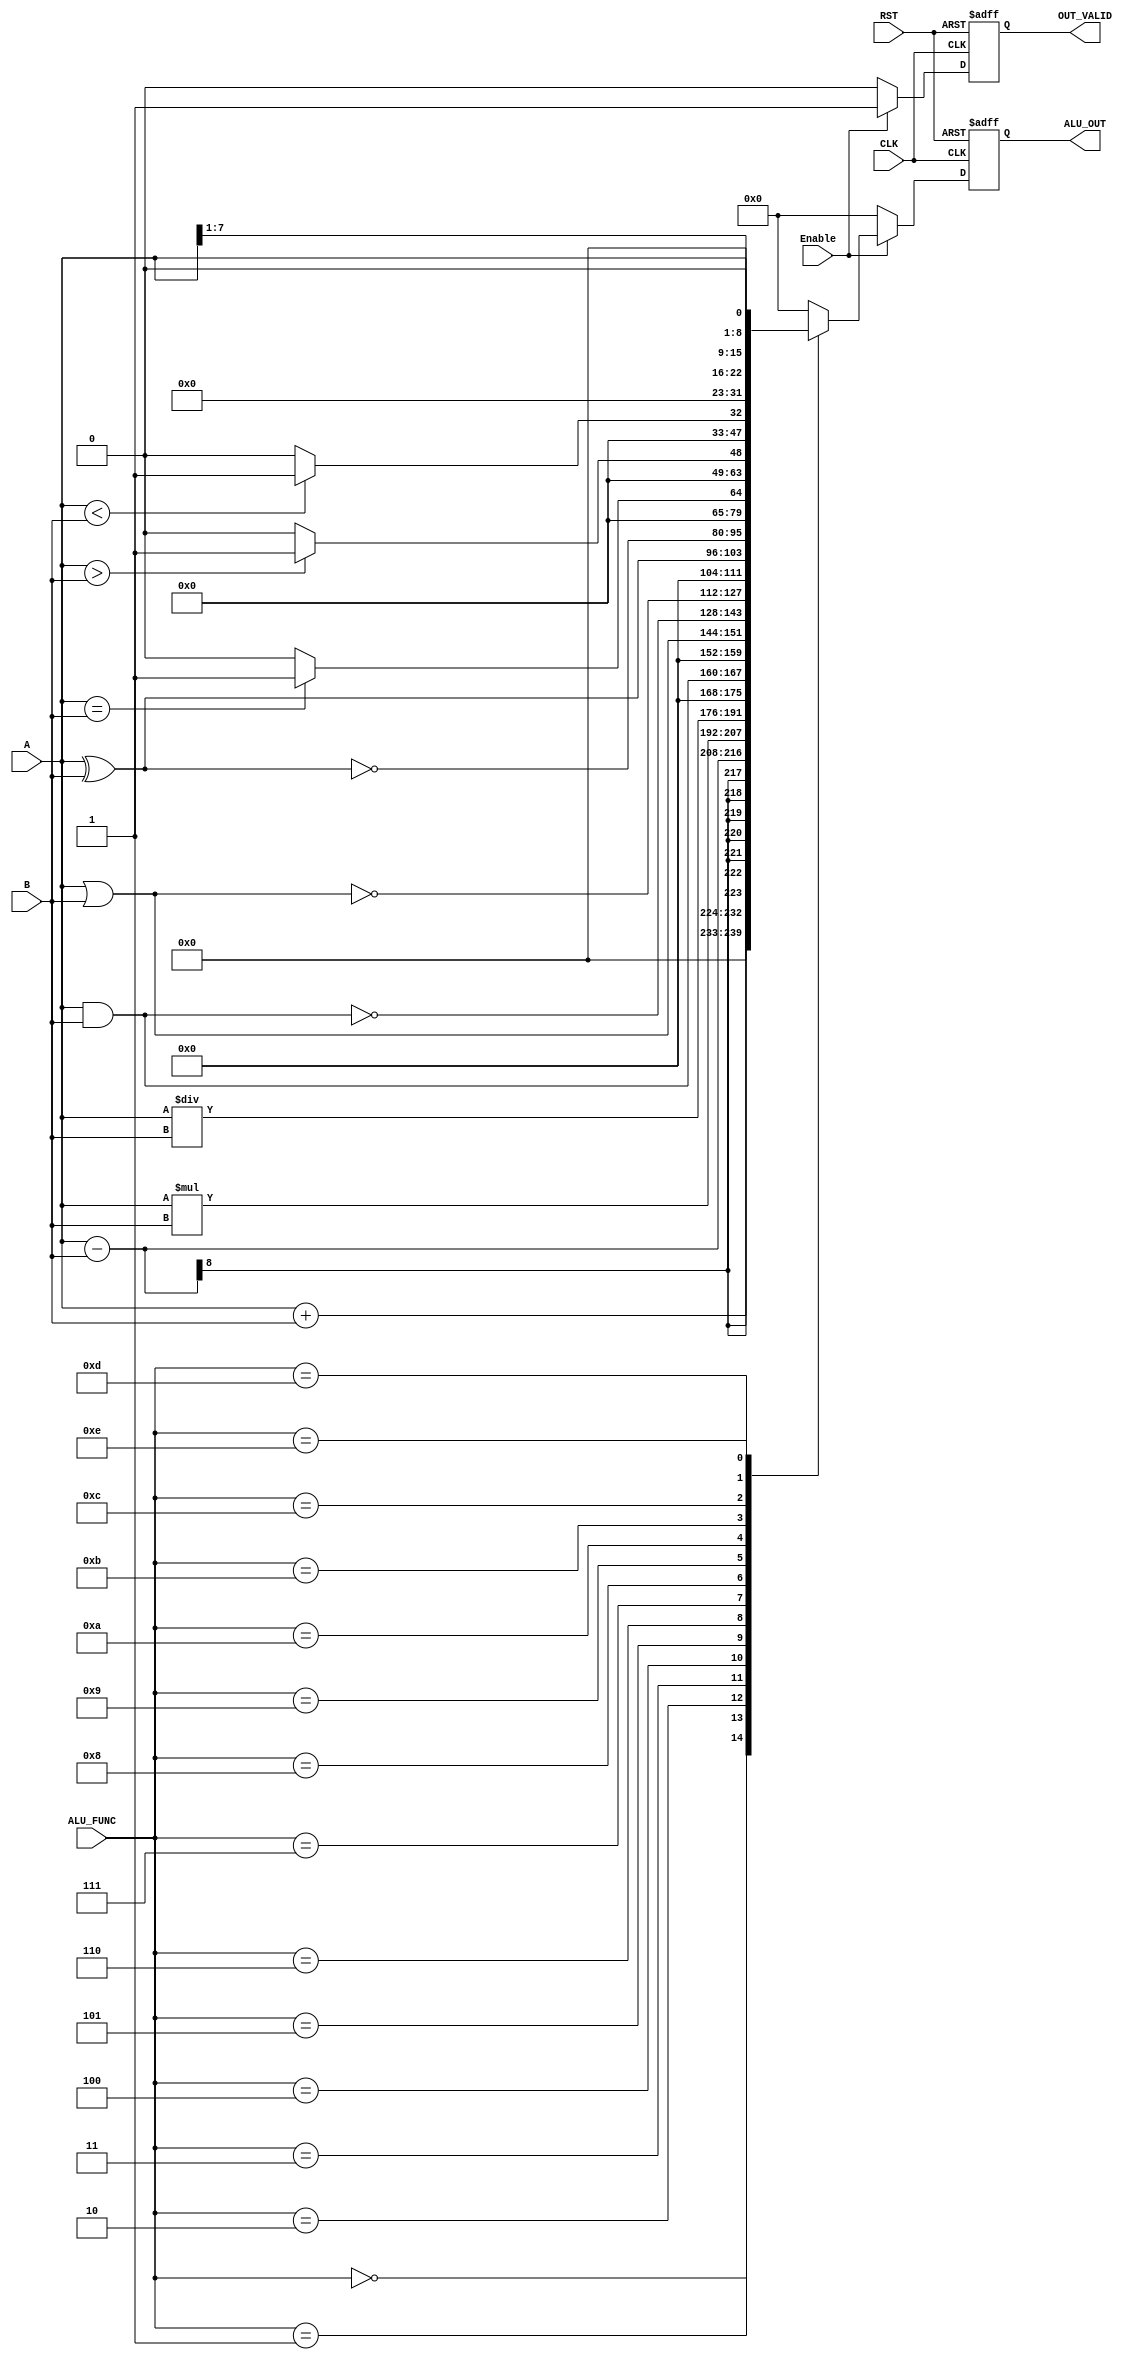
module ALU_SYS #(parameter DATA_WIDTH =8 , ALU_FUNC_WIDTH=4,ALU_OUT_WIDTH=16) 
     (
        input  wire                             CLK,
        input  wire                             RST,
        input  wire    [DATA_WIDTH-1:0]         A,
        input  wire    [DATA_WIDTH-1:0]         B,
        input  wire                             Enable,
        input  wire    [ALU_FUNC_WIDTH-1:0]     ALU_FUNC,

        output reg     [ALU_OUT_WIDTH-1:0]      ALU_OUT,
        output reg                              OUT_VALID
     );


   reg     [ALU_OUT_WIDTH-1:0]         alu_out_comb;

always @(posedge CLK or negedge RST ) 
  begin
   if(!RST)
     begin
       ALU_OUT<='b0;
       OUT_VALID<='b0;
     end

   else if(Enable)
      begin
        ALU_OUT<=alu_out_comb;
        OUT_VALID<='b1;
      end

   else     
      begin
       ALU_OUT<='b0;            //
       OUT_VALID<='b0;
      end  
  end

always@(*)
   begin
     alu_out_comb='b0; 
           case (ALU_FUNC)    
           4'b0000:begin
                    alu_out_comb= A + B ;
                    end          
           4'b0001:begin
                    alu_out_comb= A - B ; 
                    end          
           4'b0010:begin
                    alu_out_comb= A * B ;
                    end          
           4'b0011:begin
                    alu_out_comb= A / B ;
                    end 

           4'b0100:begin
                    alu_out_comb= A & B ;
                    end          
           4'b0101:begin
                    alu_out_comb= A | B ;
                    end          
           4'b0110:begin
                    alu_out_comb= ~( A & B );
                    end          
           4'b0111:begin
                    alu_out_comb= ~( A | B );
                    end          
           4'b1000:begin
                    alu_out_comb= A ^ B ;
                    end          
           4'b1001:begin
                    alu_out_comb= ~( A ^ B );
                    end          

           4'b1010:begin
                      if(A==B)
                    alu_out_comb='b1;
                       else
                    alu_out_comb='b0;   
                     end          
           4'b1011:begin
                      if(A>B)
                    alu_out_comb='b1;
                       else
                    alu_out_comb='b0;   
                    end          
           4'b1100:begin
                       if(A<B)
                    alu_out_comb='b1;
                       else
                    alu_out_comb='b0;   
                   end          

           4'b1101:begin
                    alu_out_comb= A >> 1;
                    end          
                   
           4'b1110:begin
                    alu_out_comb= A << 1;
                    end          
                    
           default:begin
                    alu_out_comb= 'b0;
                   end 
    endcase
   end
endmodule